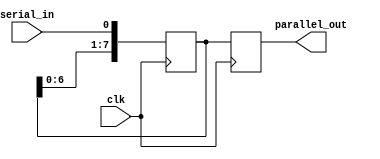
module serial_parallel_register (
    input wire clk,
    input wire serial_in,
    output reg [7:0] parallel_out
);

reg [7:0] data_register;

always @(posedge clk) begin
    // Shift in serial data
    data_register <= {data_register[6:0], serial_in};
    
    // Transfer data in parallel to output
    parallel_out <= data_register;
end

endmodule